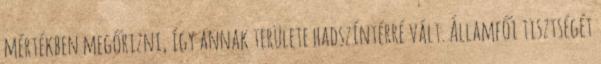
mértékben megőrizni, így annak területe hadszíntérré vált. Államfői tisztségét